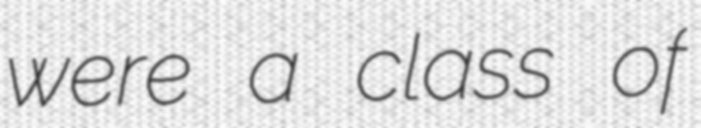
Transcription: were a class of